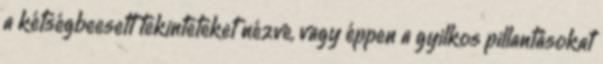
a kétségbeesett tekinteteket nézve, vagy éppen a gyilkos pillantásokat